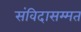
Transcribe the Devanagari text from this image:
संविदासम्मत